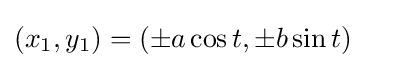
(x_{1},y_{1})=(\pm a\cos t,\pm b\sin t)\quad